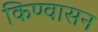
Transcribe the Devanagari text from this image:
किण्वासन